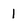
Character: l